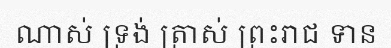
ណាស់ ទ្រង់ ត្រាស់ ព្រះរាជ ទាន